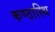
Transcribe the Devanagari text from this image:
कण्ठास्थि